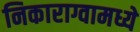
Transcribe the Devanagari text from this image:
निकाराग्वामध्ये